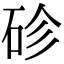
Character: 䂦